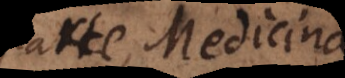
parte, Medicina